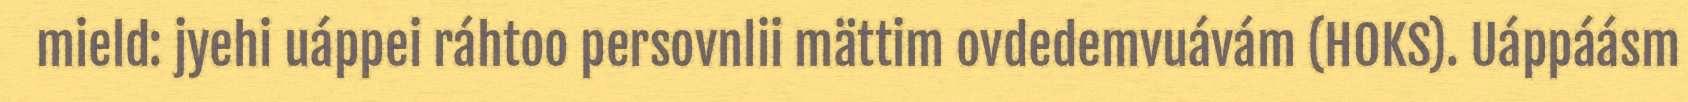
mield: jyehi uáppei ráhtoo persovnlii mättim ovdedemvuávám (HOKS). Uáppáásm